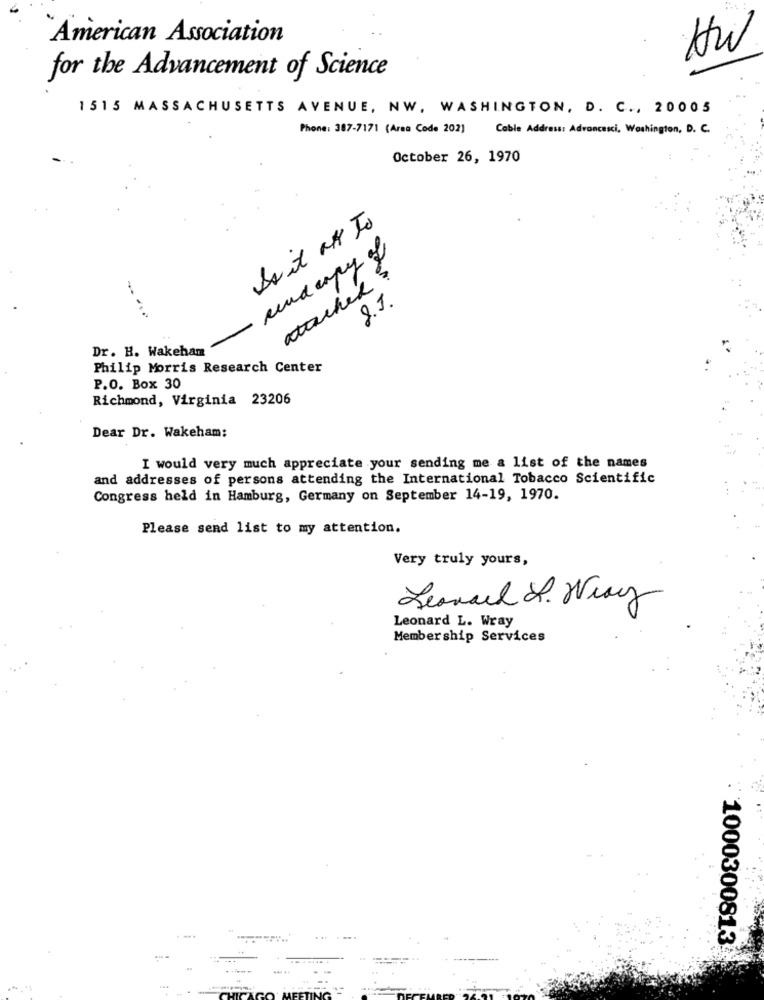
American Association
HW
for the Advancement of Science
1515 MASSACHUSETTS AVENUE, NW, WASHINGTON, D. C ., 20005
Phone: 387-7171 (Area Code 202)
Cable Address: Advancesci, Washington, D. C.
October 26, 1970
Do it on To
underpy of
atached?
-
8.1.
Dr. H. Wakehan
Philip Morris Research Center
P.O. Box 30
Richmond, Virginia 23206
Dear Dr. Wakeham:
I would very much appreciate your sending me a list of the names
and addresses of persons attending the International Tobacco Scientific
Congress held in Hamburg, Germany on September 14-19, 1970.
Please send list to my attention.
Very truly yours,
Leonard R. Wray
Leonard L. Wray
Membership Services
1000300813
....... .
.....